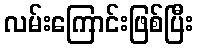
လမ်းကြောင်းဖြစ်ပြီး